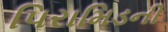
પિરામિડની